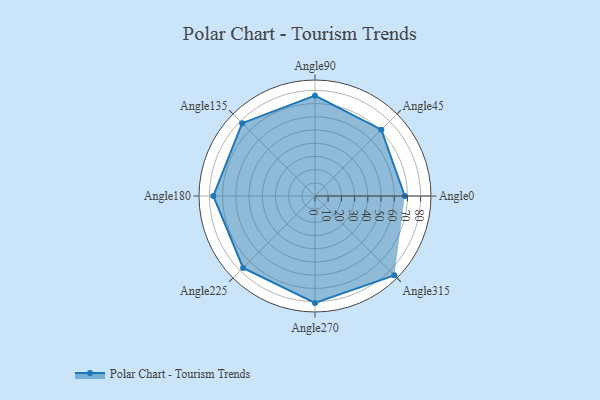
{"axis": {"x": "Angle", "y": "Radius"}, "legend": [""], "data": [{"x": "Angle0", "y": 68.0, "type": ""}, {"x": "Angle45", "y": 71.0, "type": ""}, {"x": "Angle90", "y": 76.0, "type": ""}, {"x": "Angle135", "y": 78.0, "type": ""}, {"x": "Angle180", "y": 77.0, "type": ""}, {"x": "Angle225", "y": 77.0, "type": ""}, {"x": "Angle270", "y": 81.0, "type": ""}, {"x": "Angle315", "y": 85.0, "type": ""}]}